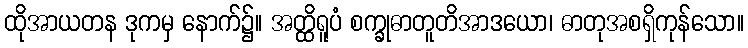
ထိုအာယတန ဒုကမှ နောက်၌။ အတ္ထိရူပံ စက္ခုဓာတူတိအာဒယော၊ ဓာတုအစရှိကုန်သော။